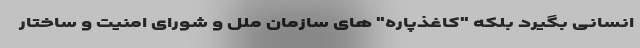
انسانی بگیرد بلکه "کاغذپاره" های سازمان ملل و شورای امنیت و ساختار